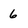
Character: 6